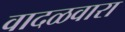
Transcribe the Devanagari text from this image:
वादळवारा